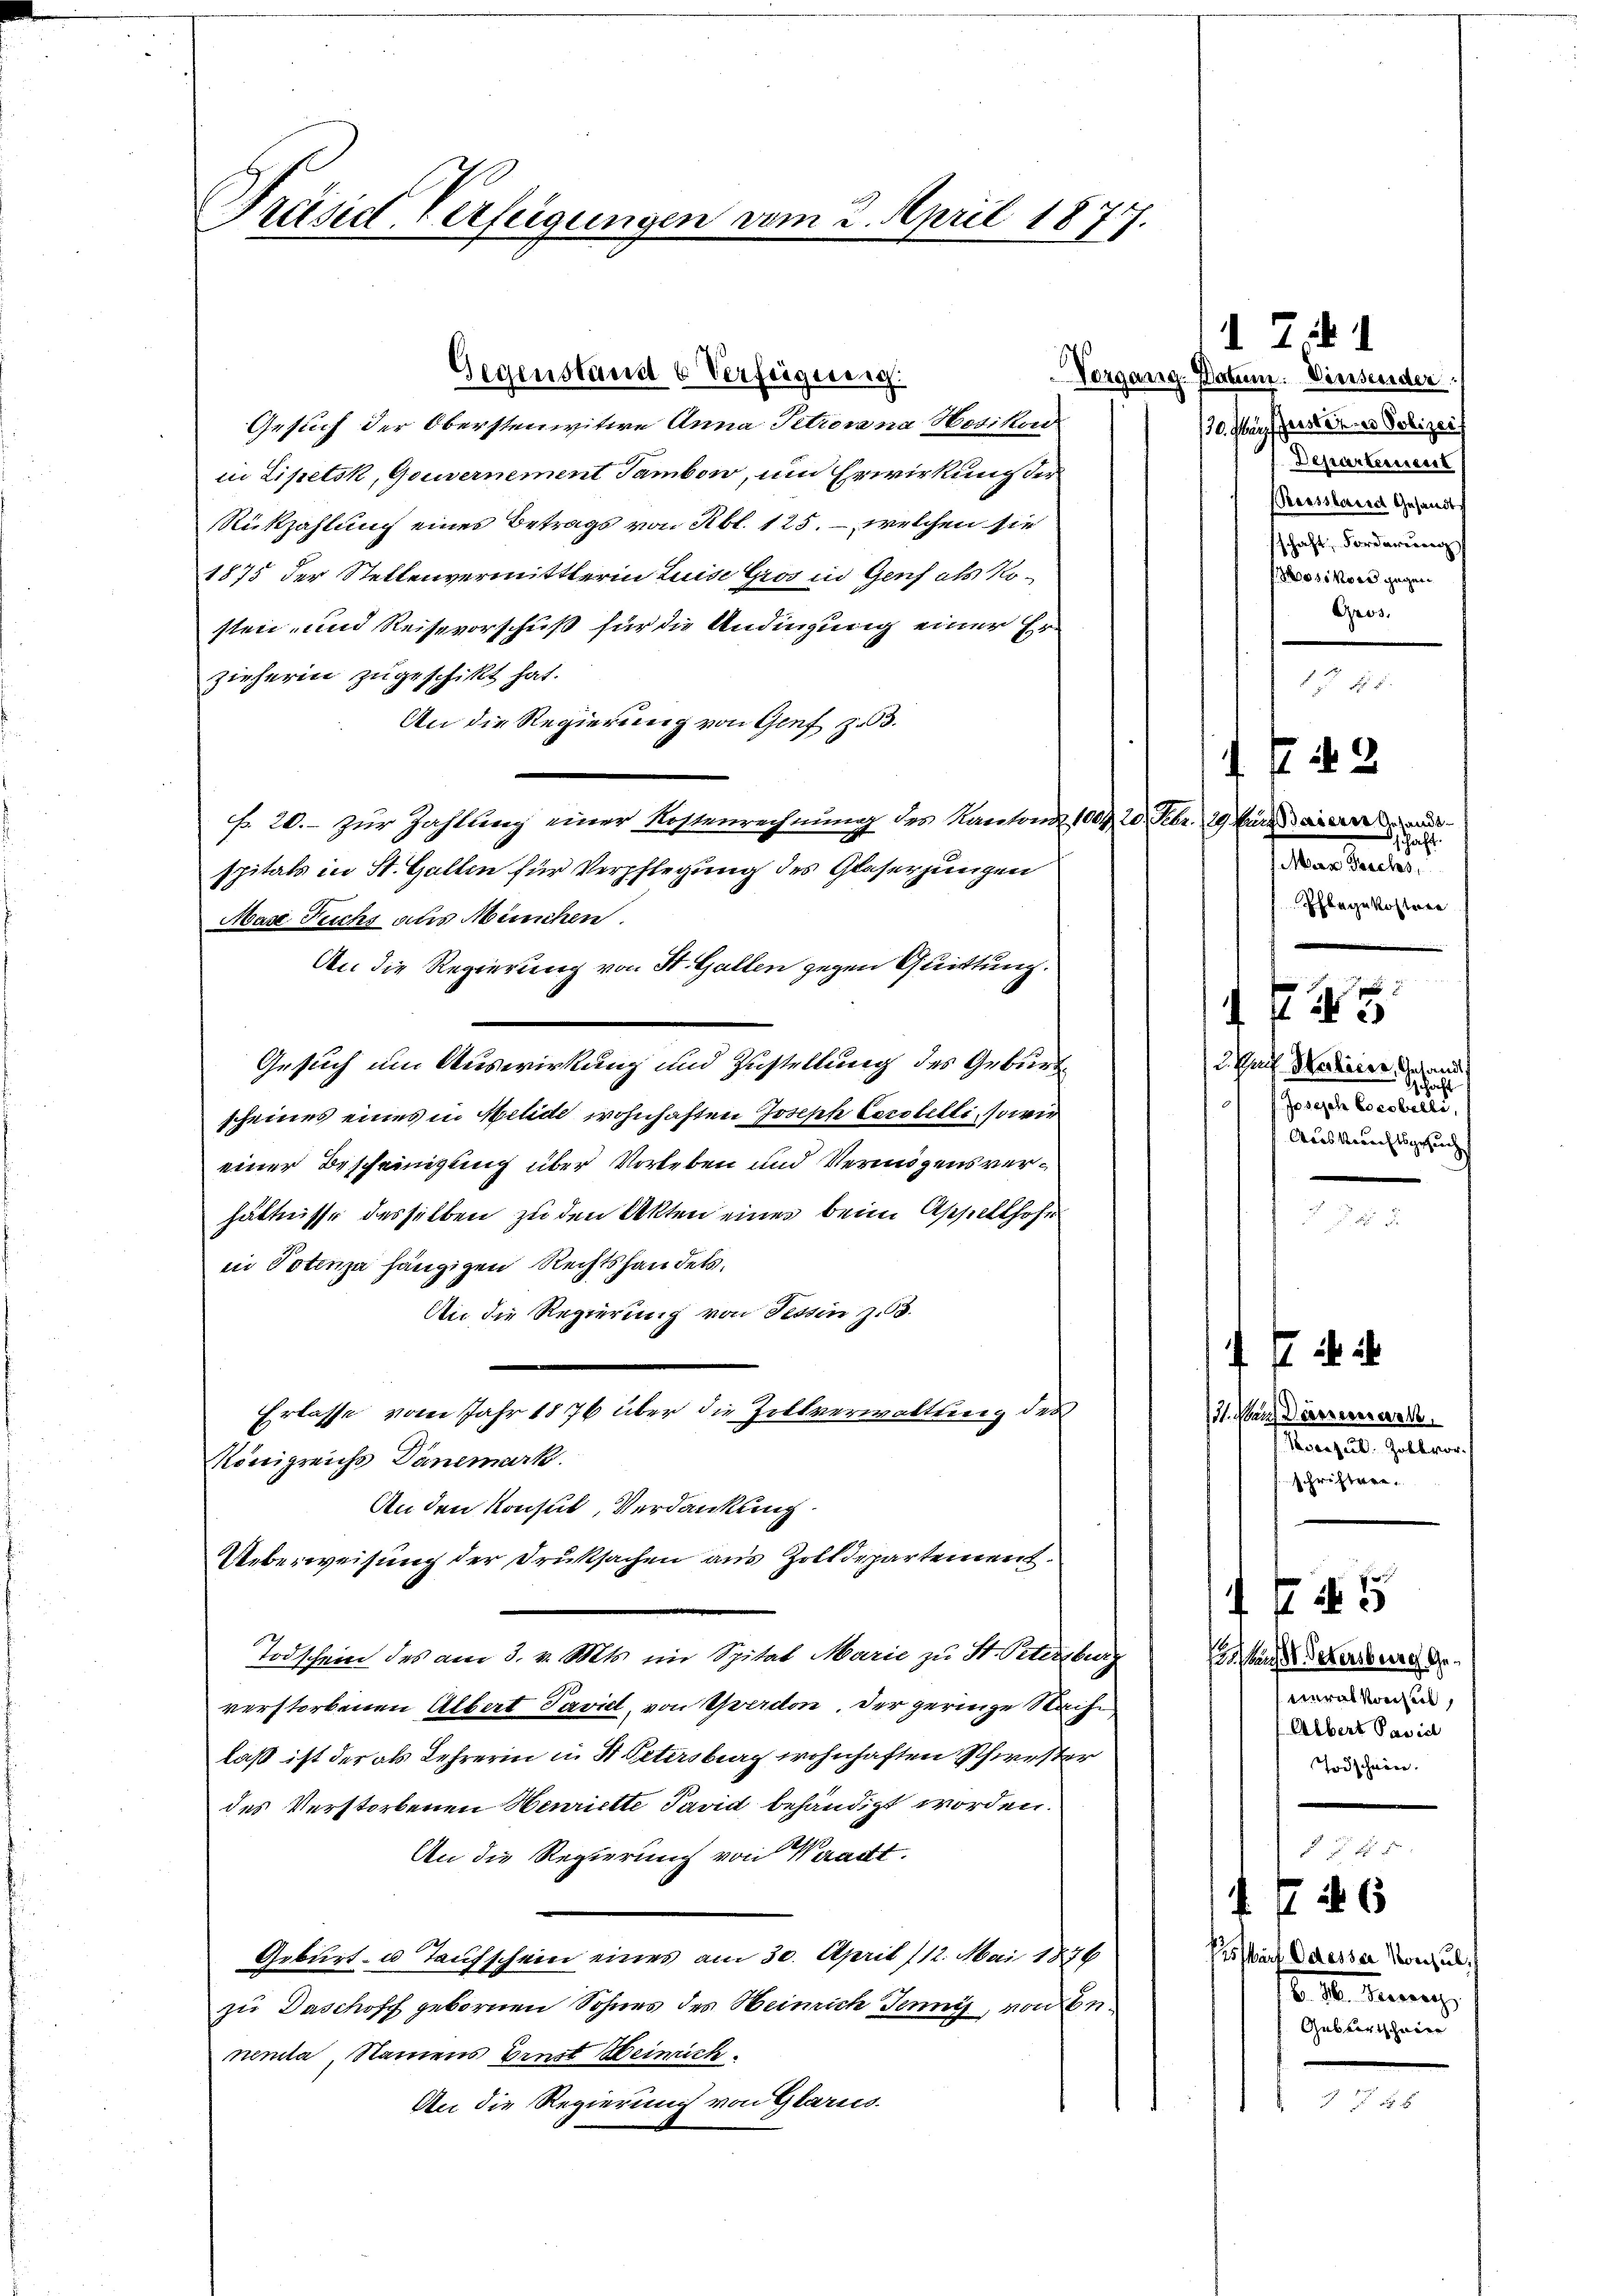
Präsid Verfeigungen vom 2. April 1877.

Gegenstand 6 Verfügung.

Gesuch der Obersteniitere Anna Petrosa na Hesikord
in Lipetsk, Gouvernement Tambow, um Erwirkung der
Rükzahlung eines Betrags von Rbl. 125. – welchen sie
1875 der Stellenvermittlerin Luise Gros in Genf als Nosten- und Reisevorschuß für die Andingung einer Er-
zieherin zugeschikt hat.
An die Regierung von Genf zu 3.
f. 20.- zur Zahlung einer Kostenrechnung des Kantone 1004. 20. Febr. 19 Marie
spitals in St. Gallen für Verpflegung des Glaserjungen
Mas Fuchs aus Menschen.
An die Regierung von St. Gallen gegen Quittung.
Gesuch um Auswirkung und Zustellung des Geburt
scheines eines in Milide wohnhaften Joseph Lorstelli, so wir
einer Bescheinigung über Vorleben und Vermögensverhältnisse desselben zu den Akten eines beim Appellhofe
in Potenza hängigen Rechtshandels,
An die Regierung von Tessin z. B.
Erlasse vom Jahr 1876 über die Zollverwaltung des
Königreichs Dänemark
An den Konsul, Verdankung
Ueberweisung der Druksachen aus Zolldepartement.
Todschein des am 3. v. Mts. im Spital Marie zu St. Petersberg
verstorbenen Albert Pavill, von Yverdon. Der geringe Nach
laß ist der als Lehrerin in St. Petersberg wohnhaften Schwester
des Verstorbenen Henriette Pavid behändigt worden.
An die Regierung von Waadt.
Geburt u. Taufschein eines am 30. April /12. Mai 1876
zu Daschoff gebornen Sohnes des Heinrich Jenny, von Benenta Namens Ernst Weinrich
An die Regierung von Glarus

1 Zif. 1
Vorgang. Datum. Viersender.
110. Mai, Gast eine Polizeis
Departeiiscess
Reissland Gesandte
schaft, Forderung
30 vor gegen
Gros.

Phlegekoste

4
.
3 Par Hackirer, Gesandt
Schaft
Joseph Cocobelli,
Aois Berichtsgesuch

13

schaft.
Mar Teichs,

151.

4
13. Von Dörnerer wes
Konsul-Zollvor
schriftere.

un Petersburg Getralkonsen,
Albert Pavid
Todschwäre.

4 f 45

17 f 26

§ 55
Pistorf Odesser Konsul
B. H. Servierz
Geburtschein